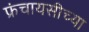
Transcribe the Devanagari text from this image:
फ्रंचायसीच्या